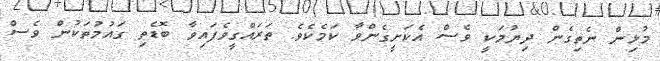
މުޅިން ނެތިގެން ދިޔުމަކީ ވެސް އެކަށީގެންވާ ކަމެކެވެ. ތަރައްގީވެފައިވާ ބޮޑެތި ގައުމުތަކުން ވެސް